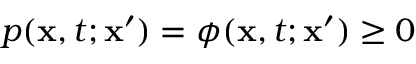
p ( \mathbf { x } , t ; \mathbf { x } ^ { \prime } ) = \phi ( \mathbf { x } , t ; \mathbf { x } ^ { \prime } ) \geq 0